Report on vaccination in Madras 1904-1921 - 1904-1921
Year: 1904
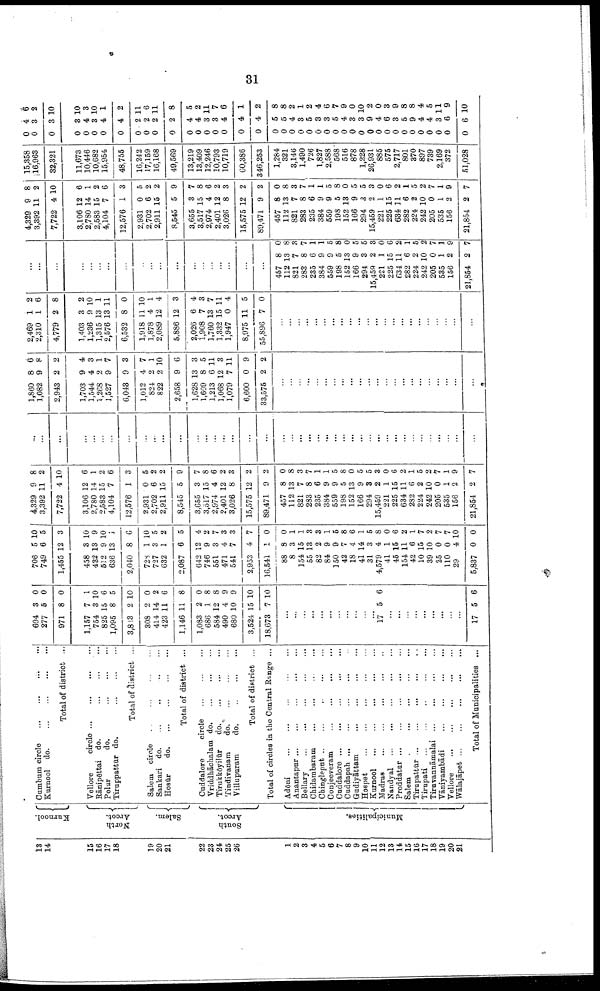
31
18
14
15
16
17
18
19
20
21
22
23
24
25
26
1
2
3
4
5
6
7
8
9
10
11
12
13
14
15
16
17
18
19
20
21
Kurnool.
North
Arcot.
Salem.
South
Arcot.
Municipalities.
Cumbum circle
...
...
...
...
Kurnool do.
...
...
...
...
Total of district ...
Vellore
circle
...
...
...
...
Rānipēttai do.
...
...
...
Polur
do.
...
...
...
Tiruppattūr do.
...
...
...
Total of district ...
Salem circle
...
...
...
...
Sankari do.
...
..
...
...
Hosūr
d
o
. ... ... ... ...
Total of district ...
Cuddalore
circle
...
...
...
Vriddhāchalam d
o
. ... ... ...
Tirukkōyilūr
d
o
. ... ... ...
Tindivanam
do.
...
...
...
Villupuram
do.
..
...
...
Total of district ...
Total of circles in the Central Range ...
Adōni
.
.
. ... ... ... ...
Anantapur
...
...
...
...
...
Bellary
...
...
......
...
Chidambaram
...
...
...
...
Chingleput
...
...
...
...
...
Conjeeveram
...
...
...
...
Cuddalore
...
...
...
...
...
Cuddapah ... ... ... ... ...
Gudiyāttam
...
...
...
...
Hospet
...
...
...
...
...
Kurnool
...
...
...
...
...
Madras
...
...
...
...
...
Nandyal
...
...
...
...
...
Proddatur
...
...
...
...
...
Salem
...
...
...
...
...
Tirupattūr
...
...
...
...
...
Tirupati
...
...
...
...
...
Tiruvannāmalai
...
...
...
...
Vamyambādi
...
...
...
...
Vellore
...
...
...
...
...
Wālajāpet
...
...
...
...
...
Total of Municipalities ...
694
277
971
1,157
754
825
1,095
3,883
308
414
423
1,146
1,083
686
584
490
680
3,524
18,673
3
5
8
7
3
15
8
2
2
14
11
11
2
1
12
4
10
15
7
0
0
0
1
10
6
5
10
0
2
6
8
0
8
8
9
9
10
10
...
...
...
...
...
...
...
...
...
...
...
17 5 6
...
...
...
...
...
...
...
...
...
17 5 6
706
749
1,455
458
432
512
636
2,040
728
727
632
2,087
642
746
551
471
541
2,953
16,541
88
8
154
55
82
84
150
42
18
41
31
4,579
41
45
154
42
10
39
25
110
29
5,837
5
6
12
3
13
9
13
8
1
3
1
6
12
9
3
4
7
4
1
8
3
15
13
2
9
9
7
4
14
3
4
1
15
11
6
15
10
0
0
4
0
10
5
3
10
9
10
1
6
10
5
2
5
4
2
7
3
3
7
0
0
1
1
3
3
1
5
8
6
1
5
8
0
6
2
1
7
2
7
7
10
0
4,329
3,392
7,722
3,106
2,780
2,583
4,104
12,576
2,931
2,702
2,911
8,545
3,655
3,517
2,974
2,401
3,026
15,575
89,471
457
112
821
283
235
384
559
198
152
166
294
15,459
221
225
634
282
224
242
205
535
156
21,854
9
11
4
12
14
15
7
1
0
6
15
5
3
15
4
12
8
12
9
8
13
7
8
6
9
9
5
13
9
8
2
1
15
11
6
2
10
0
1
2
2
8
2
10
6
1
2
6
3
5
2
2
9
7
8
6
2
3
2
2
0
8
3
7
1
1
5
8
0
5
5
3
0
6
2
1
5
2
7
1
9
7
...
...
...
...
...
...
...
...
...
...
...
...
...
...
...
...
...
...
...
...
...
...
...
...
...
...
...
...
...
...
...
...
...
...
...
...
...
...
...
...
...
1,860
1,082
2,943
1,703
1,544
1,268
1,527
6,043
1,012
824
822
2,658
1,628
1,609
1,213
1,068
1,079
6,600
33,575
8
9
2
9
4
2
9
9
4
2
2
9
13
8
6
12
7
0
2
6
8
2
4
3
1
7
3
7
1
10
6
3
5
11
3
11
9
2
...
...
...
...
...
...
...
...
...
...
...
...
...
...
...
...
...
...
...
...
...
...
2,469
2,310
4,779
1,403
1,236
1,315
2,576
6,532
1,918
1,878
2,089
5,886
2,026
1,908
1,760
1,332
1,947
8,975
55,896
1
1
2
3
9
13
13
8
11
4
12
12
6
7
13
15
0
11
7
2
6
8
2
10
1
11
0
10
1
4
3
4
3
7
11
4
5
0
...
...
...
...
...
...
...
...
...
...
...
...
...
...
...
...
...
...
...
...
...
...
...
...
...
...
...
...
...
...
...
...
...
...
...
...
...
...
...
...
...
457
112
821
283
235
384
559
198
152
166
294
15,459
221
225
634
282
224
242
205
535
156
21,854
8
13
7
8
6
9
9
5
13
9
3
2
1
15
11
6
2
10
0
1
2
2
0
8
3
7
1
1
5
8
0
5
5
3
0
6
2
1
5
2
7
1
9
7
4,329
3,392
7,722
3,106
2,780
2,583
4,104
12,576
2,931
2,702
2,911
8,545
3,655
3,517
2,974
2,401
3,026
15,575
89,471
457
112
821
283
235
384
559
198
152
166
294
15,459
221
225
634
282
224
242
205
535
156
21,854
9
11
4
12
14
15
7
1
0
6
15
5
3
15
4
12
8
12
9
8
13
7
8
6
9
9
5
13
9
3
2
1
15
11
6
2
10
0
1
2
2
8
2
10
6
1
2
6
3
5
2
2
9
7
8
6
2
3
2
2
0
8
3
7
1
1
5
8
0
5
5
8
0
6
2
1
5
2
7
1
9
7
15,358
16,963
32,321
11,673
10,446
10,682
15,954
48,755
16,242
17,159
16,168
49,569
13,219
13,409
12,246
10,793
10,719
60,386
346,253
1,284
321
3,146
1,490
726
1,827
2,588
568
516
878
1,228
26,931
885
575
2,717
801
370
897
739
2,169
372
51,028
0
0
0
0
0
0
0
0
0
0
0
0
0
0
0
0
0
0
0
0
0
0
0
0
0
0
0
0
0
0
0
0
0
0
0
0
0
0
0
0
0
4
3
3
3
4
3
4
4
2
2
2
2
4
4
3
3
4
4
4
5
5
4
3
5
3
3
5
4
3
3
9
4
6
3
5
9
4
4
3
6
6
6
2
10
10
3
10
1
2
11
6
11
8
5
2
11
7
6
1
2
8
8
2
1
2
4
6
7
9
0
10
2
0
3
9
8
8
4
5
11
9
10